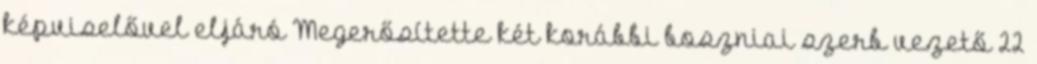
képviselővel eljáró Megerősítette két korábbi boszniai szerb vezető 22